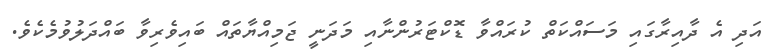
އަދި އެ ދާއިރާގައި މަސައްކަތް ކުރައްވާ ޑޮކްޓަރުންނާއި މަދަނީ ޖަމިއްޔާތައް ބައިވެރިވާ ބައްދަލުވުމެކެވެ.